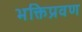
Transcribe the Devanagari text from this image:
भक्तिप्रवण